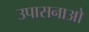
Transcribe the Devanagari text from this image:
उपासनाओ